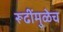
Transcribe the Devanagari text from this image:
रूढींमुळेच